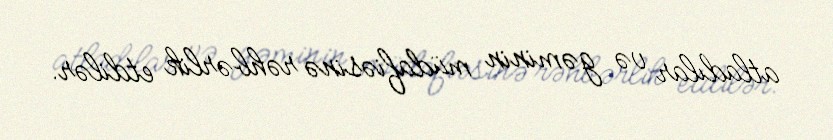
atladılar və gəminin müdafiəsinə rəhbərlik etdilər.